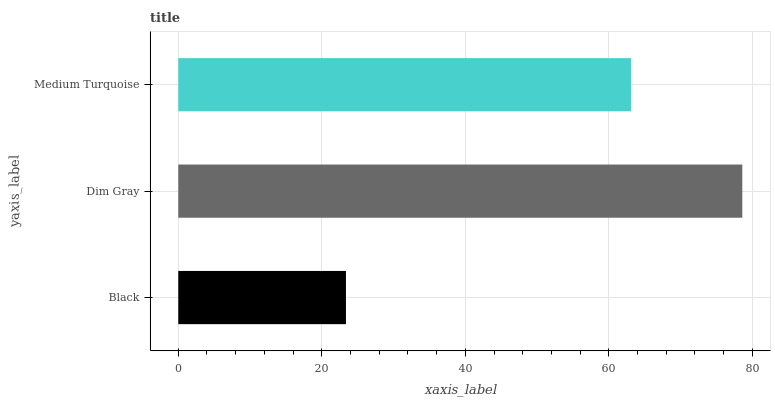
| yaxis_label | bars |
 | --- | --- |
 | Black | 23.4 |
 | Dim Gray | 78.6 |
 | Medium Turquoise | 63.1 |